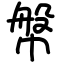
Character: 幋